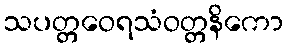
သပတ္တဝေရသံဝတ္တနိကော